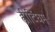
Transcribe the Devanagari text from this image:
ह्वीटिंघम